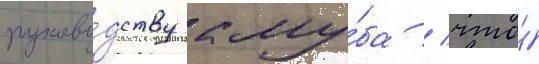
руково́дству клу́ба / что́